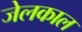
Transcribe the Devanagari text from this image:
जेलकाल